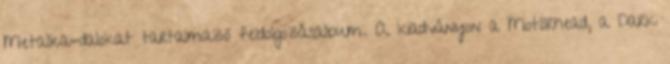
Metallica-dalokat tartalmazó feldolgozásalbum. A kiadványon a Motörhead, a Dark